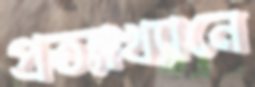
প্রত্যাখ্যানে